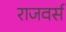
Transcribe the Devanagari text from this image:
राजवर्स